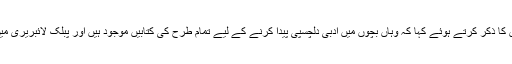
انہوں نے کناڈا کے تعلیمی اداروں اور کتب خانوں کا ذکر کرتے ہوئے کہا کہ وہاں بچوں میں ادبی دلچسپی پیدا کرنے کے لیے تمام طرح کی کتابیں موجود ہیں اور پبلک لائبریری میں سب سے بڑا گوشہ بچوں کے ادب کا ہوتا ہے ۔